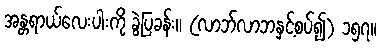
အန္တရာယ်လေးပါးကို ခွဲပြခန်း။ (လာဘ်လာဘနှင့်စပ်၍) ၁၅၇။